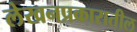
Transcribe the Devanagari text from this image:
लेखनप्रकारातील